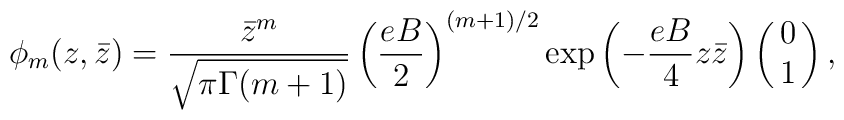
\phi_{m}(z,\bar{z})= \frac{\bar{z}^{m}}{\sqrt{\pi\Gamma(m+1)}}\left( \frac{eB}{2}\right)^{(m+1)/2} \exp\left(-\frac{eB}{4}z\bar{z}\right) \left( \matrix{ 0 \cr 1 \cr} \right),